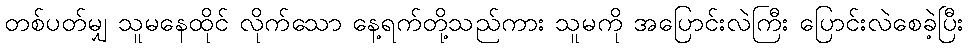
တစ်ပတ်မျှ သူမနေထိုင် လိုက်သော နေ့ရက်တို့သည်ကား သူမကို အပြောင်းလဲကြီး ပြောင်းလဲစေခဲ့ပြီး